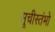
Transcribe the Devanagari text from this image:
सूचीस्तंभो